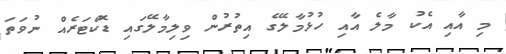
މި އާއި އެކު މާލެ އާއި ހުޅުމާލޭގެ އިތުރުން ވިލިމާލޭގައި ޑޮކްޓަރެއް ނުވަތަ